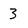
Character: 3